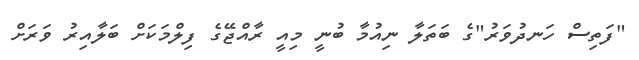
"ފަތިސް ހަނދުވަރު"ގެ ބަތަލާ ނިއުމާ ބުނީ މިއީ ރާއްޖޭގެ ފިލްމަކަށް ބަލާއިރު ވަރަށް